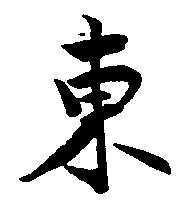
東